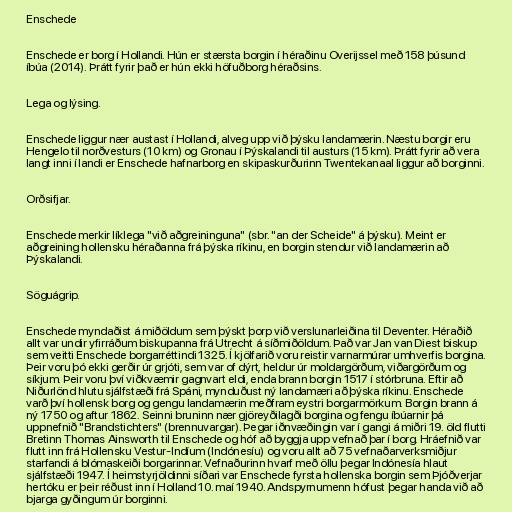
Enschede

Enschede er borg í Hollandi. Hún er stærsta borgin í héraðinu Overijssel með 158 þúsund
íbúa (2014). Þrátt fyrir það er hún ekki höfuðborg héraðsins.

Lega og lýsing.

Enschede liggur nær austast í Hollandi, alveg upp við þýsku landamærin. Næstu borgir eru
Hengelo til norðvesturs (10 km) og Gronau í Þýskalandi til austurs (15 km). Þrátt fyrir að vera
langt inni í landi er Enschede hafnarborg en skipaskurðurinn Twentekanaal liggur að borginni.

Orðsifjar.

Enschede merkir líklega "við aðgreininguna" (sbr. "an der Scheide" á þýsku). Meint er
aðgreining hollensku héraðanna frá þýska ríkinu, en borgin stendur við landamærin að
Þýskalandi.

Söguágrip.

Enschede myndaðist á miðöldum sem þýskt þorp við verslunarleiðina til Deventer. Héraðið
allt var undir yfirráðum biskupanna frá Utrecht á síðmiðöldum. Það var Jan van Diest biskup
sem veitti Enschede borgarréttindi 1325. Í kjölfarið voru reistir varnarmúrar umhverfis borgina.
Þeir voru þó ekki gerðir úr grjóti, sem var of dýrt, heldur úr moldargörðum, viðargörðum og
síkjum. Þeir voru því viðkvæmir gagnvart eldi, enda brann borgin 1517 í stórbruna. Eftir að
Niðurlönd hlutu sjálfstæði frá Spáni, mynduðust ný landamæri að þýska ríkinu. Enschede
varð því hollensk borg og gengu landamærin meðfram eystri borgarmörkum. Borgin brann á
ný 1750 og aftur 1862. Seinni bruninn nær gjöreyðilagði borgina og fengu íbúarnir þá
uppnefnið "Brandstichters" (brennuvargar). Þegar iðnvæðingin var í gangi á miðri 19. öld flutti
Bretinn Thomas Ainsworth til Enschede og hóf að byggja upp vefnað þar í borg. Hráefnið var
flutt inn frá Hollensku Vestur-Indíum (Indónesíu) og voru allt að 75 vefnaðarverksmiðjur
starfandi á blómaskeiði borgarinnar. Vefnaðurinn hvarf með öllu þegar Indónesía hlaut
sjálfstæði 1947. Í heimstyrjöldinni síðari var Enschede fyrsta hollenska borgin sem Þjóðverjar
hertóku er þeir réðust inn í Holland 10. maí 1940. Andspyrnumenn hófust þegar handa við að
bjarga gyðingum úr borginni.